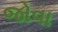
જોવા